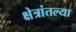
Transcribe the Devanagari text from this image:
क्षेत्रांतल्या